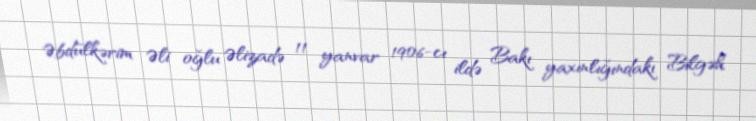
Əbdülkərim Əli oğlu Əlizadə 11 yanvar 1906-cı ildə Bakı yaxınlığındakı Bilgəh